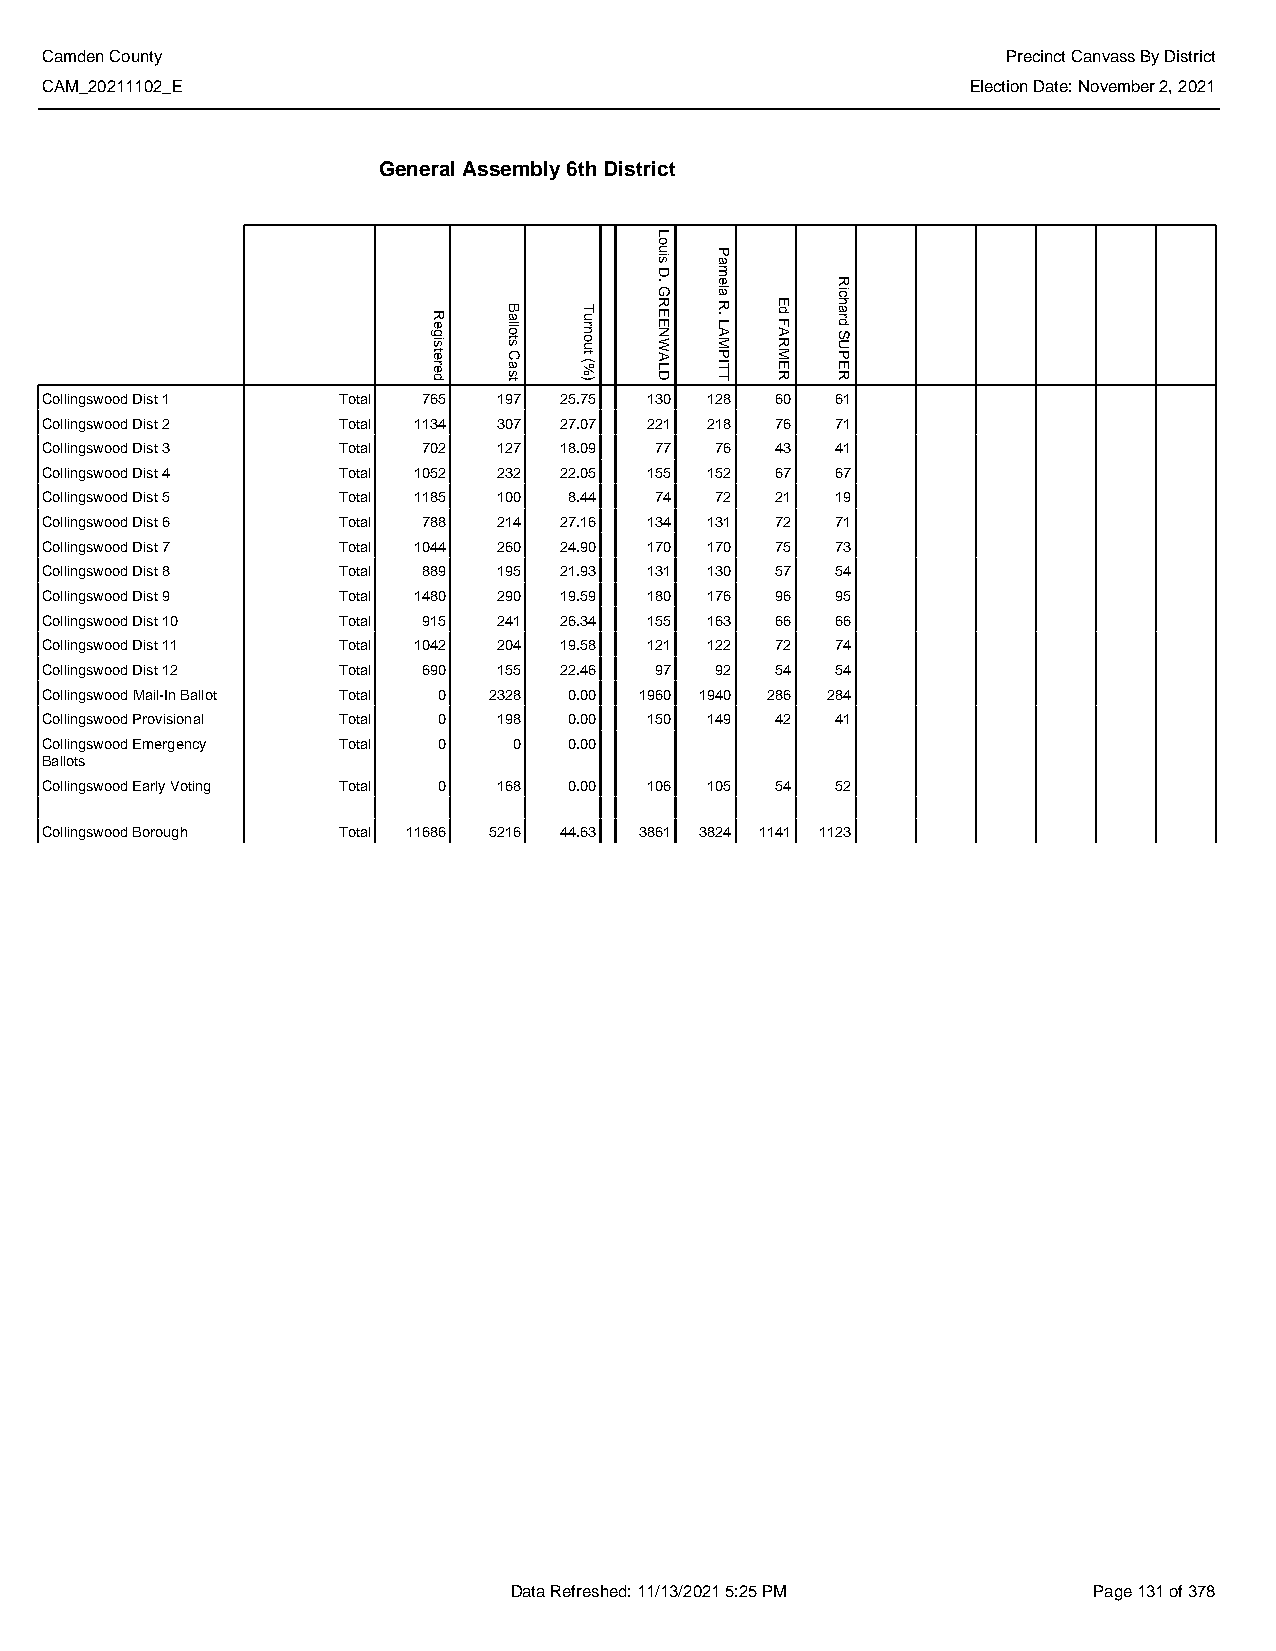
Camden County                                                   Precinct Canvass By District
 CAM_20211102_E                                               Election Date: November 2, 2021
 General Assembly 6th District
 Collingswood Dist 1 Total 765 197 25.75 130 128 60  61
 Collingswood Dist 2 Total 1134 307 27.07 221 218 76 71
 Collingswood Dist 3 Total 702 127 18.09 77  76  43  41
 Collingswood Dist 4 Total 1052 232 22.05 155 152 67 67
 Collingswood Dist 5 Total 1185 100 8.44 74  72  21  19
 Collingswood Dist 6 Total 788 214 27.16 134 131 72  71
 Collingswood Dist 7 Total 1044 260 24.90 170 170 75 73
 Collingswood Dist 8 Total 889 195 21.93 131 130 57  54
 Collingswood Dist 9 Total 1480 290 19.59 180 176 96 95
 Collingswood Dist 10 Total 915 241 26.34 155 163 66 66
 Collingswood Dist 11 Total 1042 204 19.58 121 122 72 74
 Collingswood Dist 12 Total 690 155 22.46 97 92  54  54
 Collingswood Mail-In Ballot Total 0 2328 0.00 1960 1940 286 284
 Collingswood Provisional Total 0 198 0.00 150 149 42 41
 Collingswood Emergency Total 0 0   0.00
 Ballots
 Collingswood Early Voting Total 0 168 0.00 106 105 54 52
 Collingswood Borough Total 11686 5216 44.63 3861 3824 1141 1123
 Data Refreshed: 11/13/2021 5:25 PM    Page 131 of 378
 Registered
 Ballots
 Cast
 Turnout
 (%)
 Louis
 D.
 GREENWALD
 Pamela
 R.
 LAMPITT
 Ed
 FARMER
 Richard
 SUPER